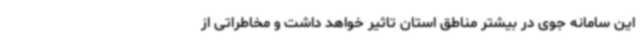
این سامانه جوی در بیشتر مناطق استان تاثیر خواهد داشت و مخاطراتی از